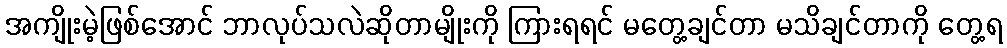
အကျိုးမဲ့ဖြစ်အောင် ဘာလုပ်သလဲဆိုတာမျိုးကို ကြားရရင် မတွေ့ချင်တာ မသိချင်တာကို တွေ့ရ